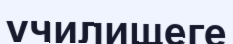
училищеге